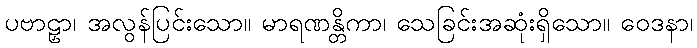
ပဗာဠှာ၊ အလွန်ပြင်းသော။ မာရဏန္တိကာ၊ သေခြင်းအဆုံးရှိသော။ ဝေဒနာ၊